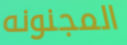
المجنونه